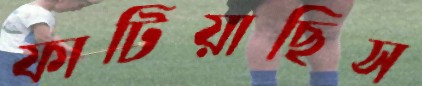
ফাটিয়াছিস